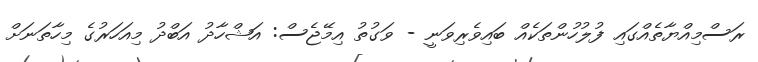
ރަސްމިއްޔާތެއްގައި ފުލުހުންތަކެއް ބައިވެރިވަނީ - ވަގުތު އިމޭޖެސް: އަޝްހާދު އަބްދު މިއަހަރުގެ މިހާތަނަށް